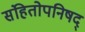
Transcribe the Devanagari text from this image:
संहितोपनिषद्